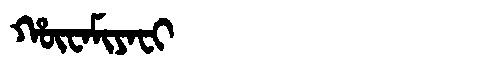
Manchu: ᡥᡡᠸᠠᠮᡳᠶᠠᠸᡳ
Romanization: HŪWAMIYAFI